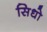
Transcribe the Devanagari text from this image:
सिधो